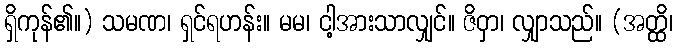
ရှိကုန်၏။) သမဏ၊ ရှင်ရဟန်း။ မမ၊ ငါ့အားသာလျှင်။ ဇိဝှာ၊ လျှာသည်။ (အတ္ထိ၊